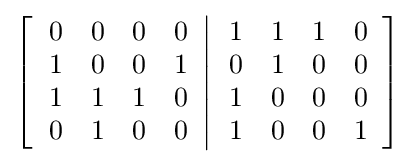
\left[\left.{\begin{array}{cccc}0&0&0&0\\1&0&0&1\\1&1&1&0\\0&1&0&0\end{array}}\right\vert {\begin{array}{cccc}1&1&1&0\\0&1&0&0\\1&0&0&0\\1&0&0&1\end{array}}\right]